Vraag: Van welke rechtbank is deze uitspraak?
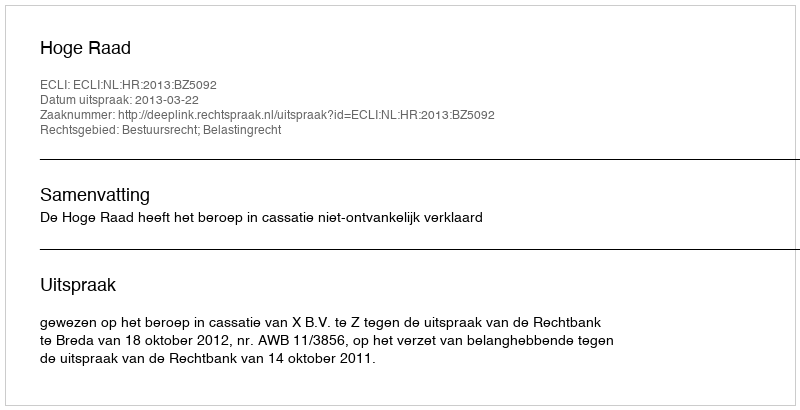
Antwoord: Hoge Raad